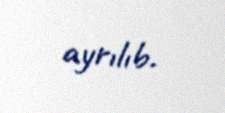
ayrılıb.